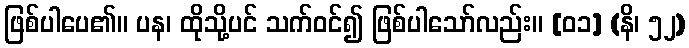
ဖြစ်ပါပေ၏။ ပန၊ ထိုသို့ပင် သက်ဝင်၍ ဖြစ်ပါသော်လည်း။ [၀၁] (နိ၊ ၅၂)